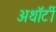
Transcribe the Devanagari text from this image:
अथॉर्टी